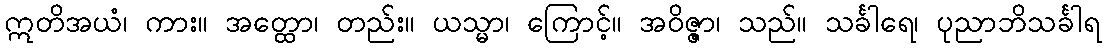
ဣတိအယံ၊ ကား။ အတ္ထော၊ တည်း။ ယသ္မာ၊ ကြောင့်။ အဝိဇ္ဇာ၊ သည်။ သင်္ခါရေ၊ ပုညာဘိသင်္ခါရ